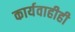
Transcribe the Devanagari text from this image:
कार्यवाहीही